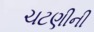
ચટણીની